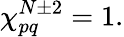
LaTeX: \chi_{pq}^{N\pm 2}=1.